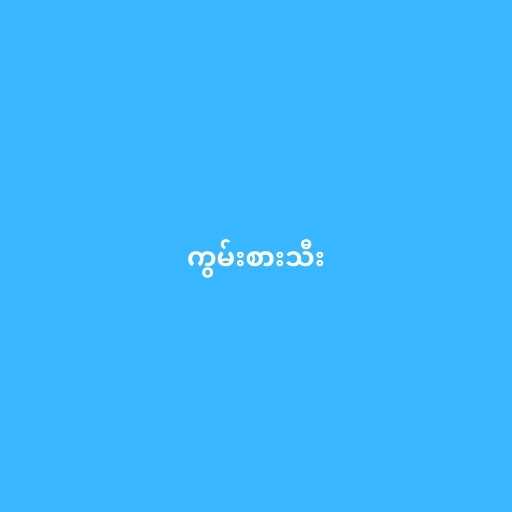
ကွမ်းစားသီး